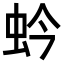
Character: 蚙